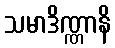
သမာဒိဏ္ဏာနိ